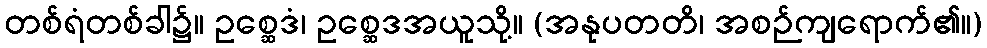
တစ်ရံတစ်ခါ၌။ ဥစ္ဆေဒံ၊ ဥစ္ဆေဒအယူသို့။ (အနုပတတိ၊ အစဉ်ကျရောက်၏။)